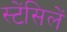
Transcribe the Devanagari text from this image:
स्टेंसिलें